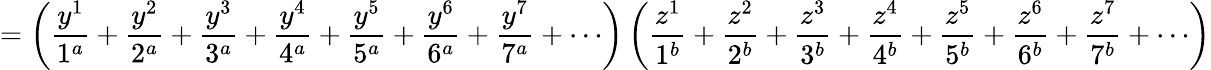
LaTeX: =\left(\frac{y^{1}}{1^{a}}+\frac{y^{2}}{2^{a}}+\frac{y^{3}}{3^{a}}+\frac{y^{4}}{4^{a}}+\frac{y^{5}}{5^{a}}+\frac{y^{6}}{6^{a}}+\frac{y^{7}}{7^{a}}+\cdots\right)\left(\frac{z^{1}}{1^{b}}+\frac{z^{2}}{2^{b}}+\frac{z^{3}}{3^{b}}+\frac{z^{4}}{4^{b}}+\frac{z^{5}}{5^{b}}+\frac{z^{6}}{6^{b}}+\frac{z^{7}}{7^{b}}+\cdots\right)